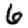
Digit: 6